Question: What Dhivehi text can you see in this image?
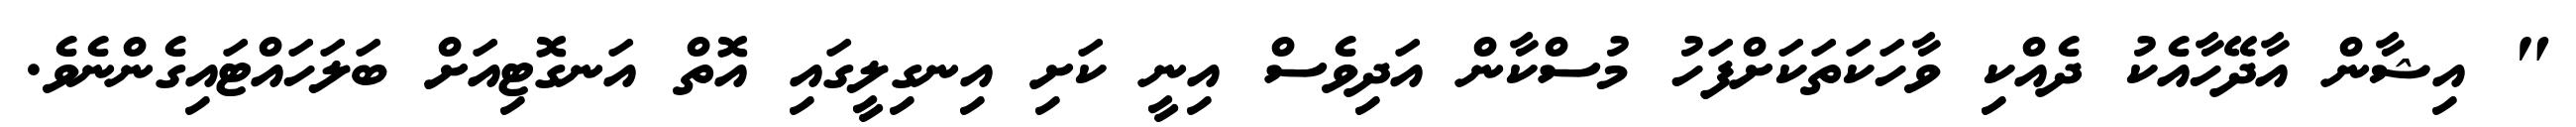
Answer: " އިޝާން އާދޭހާއެކު ދެއްކި ވާހަކަތަކަށްފަހު މުސްކާން އަދިވެސް އިނީ ކަށި އިނގިލީގައި އޮތް އަނގޮޓިއަށް ބަލަހައްޓައިގެންނެވެ.